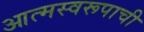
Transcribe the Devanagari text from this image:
आत्मस्वरूपाची